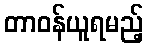
တာဝန်ယူရမည့်